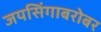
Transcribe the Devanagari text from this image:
जयसिंगाबरोबर